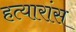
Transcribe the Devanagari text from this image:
हत्यारांस